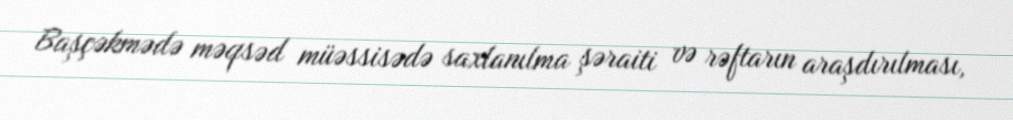
Başçəkmədə məqsəd müəssisədə saxlanılma şəraiti və rəftarın araşdırılması,